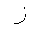
Letter: _zay